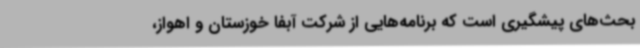
بحث‌های پیشگیری است که برنامه‌هایی از شرکت آبفا خوزستان و اهواز،